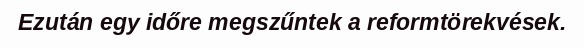
Ezután egy időre megszűntek a reformtörekvések.